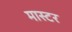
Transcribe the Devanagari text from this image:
मास्टर